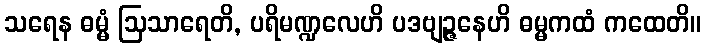
သရေန ဓမ္မံ ဩသာရေတိ, ပရိမဏ္ဍလေဟိ ပဒဗျဉ္ဇနေဟိ ဓမ္မကထံ ကထေတိ။